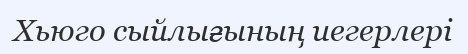
Хьюго сыйлығының иегерлері